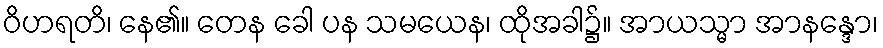
ဝိဟရတိ၊ နေ၏။ တေန ခေါ ပန သမယေန၊ ထိုအခါ၌။ အာယသ္မာ အာနန္ဒော၊